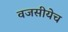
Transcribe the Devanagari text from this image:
वजसीयेच